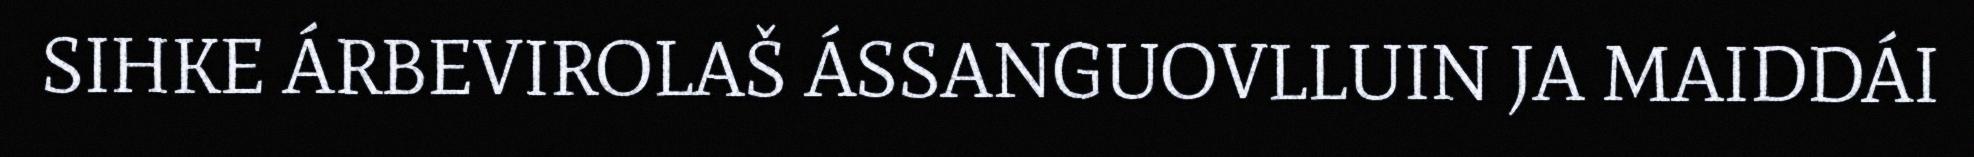
SIHKE ÁRBEVIROLAŠ ÁSSANGUOVLLUIN JA MAIDDÁI